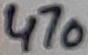
Text: 470